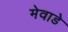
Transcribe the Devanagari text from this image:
मेवाडे